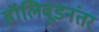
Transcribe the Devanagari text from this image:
हॉलिवूडनंतर